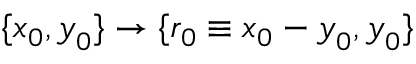
\{ \boldsymbol { x } _ { 0 } , \boldsymbol { y } _ { 0 } \} \rightarrow \{ \boldsymbol { r _ { 0 } } \equiv \boldsymbol { x } _ { 0 } - \boldsymbol { y } _ { 0 } , \boldsymbol { y } _ { 0 } \}